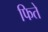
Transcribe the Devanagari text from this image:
फिते